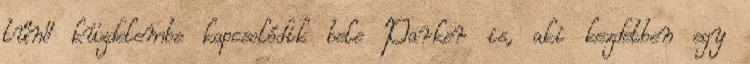
tűnő küzdelembe kapcsolódik bele Parker is, aki kezdetben egy